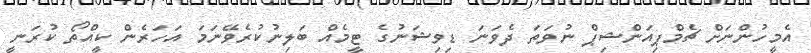
އެމީހުންނަށް ޗެމްޕިއަންޝިޕް ނުވަތަ ދެވަނަ ޑިވިޝަނުގެ ޓީމެއް ބަލިނުކުރެވޭނަމަ އަހަރެން ކީއްތޯ ކުރަނީ